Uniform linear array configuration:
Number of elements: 4
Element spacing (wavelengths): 0.5
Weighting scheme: cosine
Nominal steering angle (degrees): -45
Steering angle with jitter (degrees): -43.702
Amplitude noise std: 0.05
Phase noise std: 0.05

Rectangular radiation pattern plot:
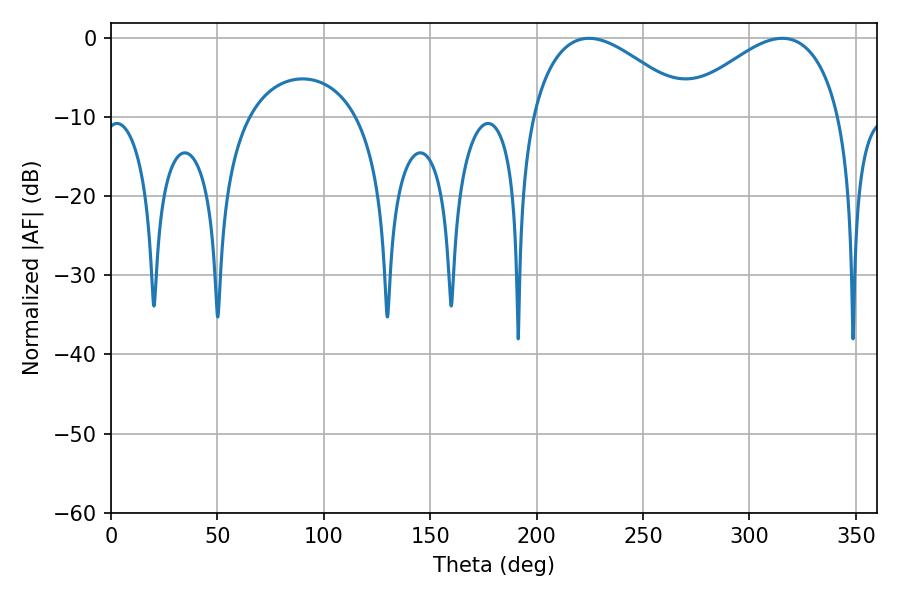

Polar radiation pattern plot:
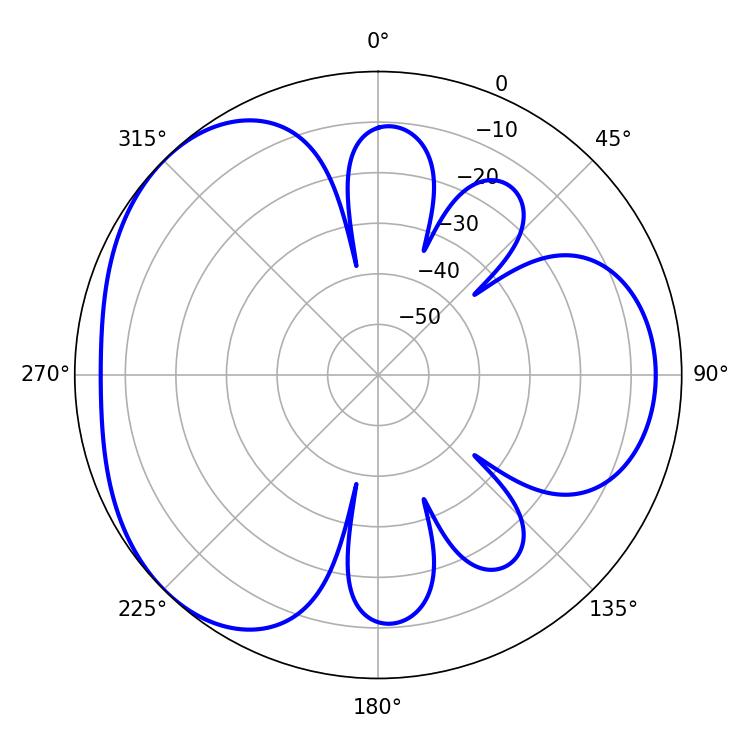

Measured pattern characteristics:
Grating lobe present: FALSE
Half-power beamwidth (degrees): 41.22
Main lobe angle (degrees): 315.36